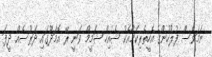
ނަމަވެސް ފުލުހުންގެ އެހީތެރިކަމާއެކު ޝެއިހް ޝަމީމް ވަނީ ރޭ އޮމަދޫގައި ދަރުސެއް ދީފަ